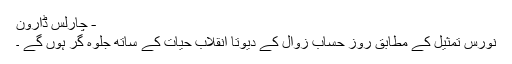
- چارلس ڈارون
نورس تمثیل کے مطابق روز حساب زوال کے دیوتا انقلاب حیات کے ساتھ جلوہ گر ہوں گے ۔